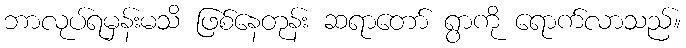
ဘာလုပ်ရမှန်းမသိ ဖြစ်နေတုန်း ဆရာတော် ရွာကို ရောက်လာသည်။